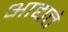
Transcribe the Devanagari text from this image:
आद्यत्ते